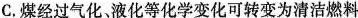
C.煤经过气化，液化等化学变化可转变为清洁燃料